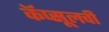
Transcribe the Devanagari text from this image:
कॅप्सूलची